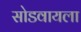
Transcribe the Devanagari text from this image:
सोडवायला